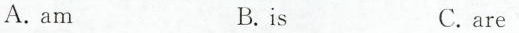
A.am B.is C.are